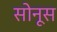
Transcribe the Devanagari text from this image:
सोनूस